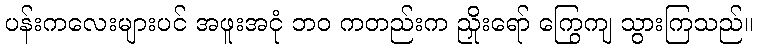
ပန်းကလေးများပင် အဖူးအငုံ ဘဝ ကတည်းက ညှိုးရော် ကြွေကျ သွားကြသည်။